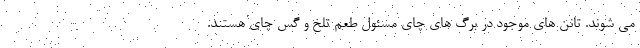
می شوند. تانن های موجود در برگ های چای مسئول طعم تلخ و گس چای هستند.